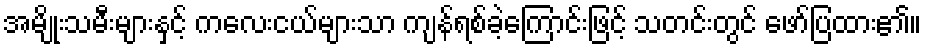
အမျိုးသမီးများနှင့် ကလေးငယ်များသာ ကျန်ရစ်ခဲ့ကြောင်းဖြင့် သတင်းတွင် ဖော်ပြထား၏။